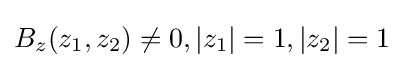
B_{z}(z_{1},z_{2})\neq 0,\left|z_{1}\right|=1,\left|z_{2}\right|=1